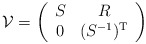
\begin{align*}{\cal{V}} =\left( \begin{array}{cc}S & R \\0 & (S^{-1})^{\rm T} \end{array} \right)\end{align*}